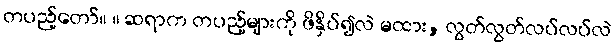
တပည့်တော်။ ။ ဆရာက တပည့်များကို ဖိနှိပ်၍လဲ မထား, လွတ်လွတ်လပ်လပ်လဲ